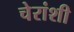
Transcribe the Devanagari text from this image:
चेरांशी